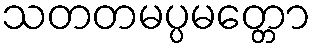
သတတမပ္ပမတ္တော